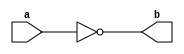
module Logic_not(a, b);
input a;
output b;
assign b = ~a;
endmodule